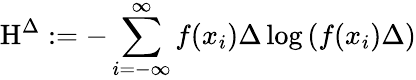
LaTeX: \mathrm{H}^{\Delta}:=-\sum_{i=-\infty}^{\infty}f(x_{i})\Delta\log\left(f(x_{i})\Delta\right)